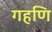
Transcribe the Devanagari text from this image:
गहणि